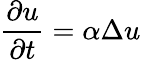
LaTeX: \frac{\partial u}{\partial t}=\alpha\Delta u